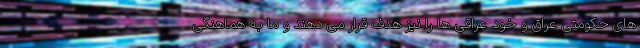
های حکومتی عراق و خود عراقی ها را نیز هدف قرار می دهند و ما به هماهنگی